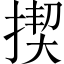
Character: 揳